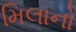
મિલાનો